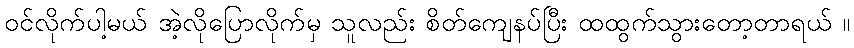
ဝင်လိုက်ပါ့မယ် အဲ့လိုပြောလိုက်မှ သူလည်း စိတ်ကျေနပ်ပြီး ထထွက်သွားတော့တာရယ် ။